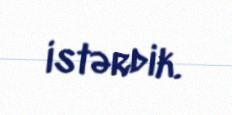
istərdik.